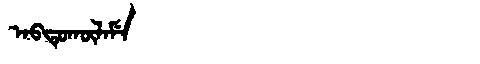
Manchu: ᠠᠪᡨᡠᡴᡡᠯᠠᠮᡝ
Romanization: ABTUKŪLAME